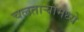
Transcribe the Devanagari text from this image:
चलताऱ्यामध्ये